Leaving Certificate, 1897
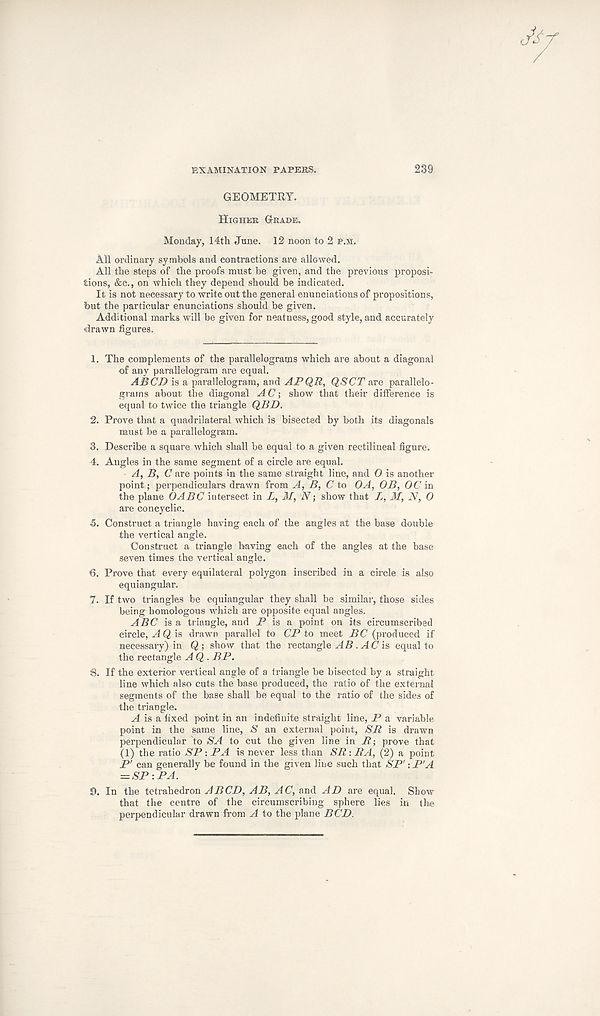
EXAMINATION PAPERS.
GEOMETRY.
Higher Grade.
Monday, 14th June. 12 noon to 2 p.m.
All ordinary symbols and contractions are allowed.
All the steps of the proofs must be given, and the previous proposi-
tions, &c., on which they depend should be indicated.
It is not necessary to write out the general enunciations of propositions,
but the particular enunciations should be given.
Additional marks will be given for neatness, good style, and accurately
drawn figures.
1. The complements of the parallelograrps which are about a diagonal
of any parallelogram are equal.
ABCD is a parallelogram, and APQR, QSCT are parallelo-
grams about the diagonal A C; show that their difference is
equal to twice the triangle QBD.
2. Prove that a quadrilateral which is bisected by both its diagonals
must be a parallelogram.
3. Describe a square which shall be equal to a given rectilineal figure.
4. Angles in the same segment of a circle are equal.
A, B, C are points in the same straight line, and O is another
point; perpendiculars drawn from A, B, C to OA, OB, OC in
the plane OABC intersect in X, M, N; show that X, M, N, 0
are concyclic.
5. Construct a triangle having each of the angles at the base double
the vertical angle.
Construct a triangle having each of the angles at the base
seven times the vertical angle.
€. Prove that every equilateral polygon inscribed in a circle is also
equiangular.
7. If two triangles be equiangular they shall be similar, those sides
being homologous which are opposite equal angles.
ABC is a triangle, and P is a point on its circumscribed
circle, ^4 Q is drawn parallel to CP to meet BC (produced if
necessary) in Q; show that the rectangle AB . AC is equal to
the rectangle A Q . BP.
8. If the exterior vertical angle of a triangle be bisected by a straight
line which also cuts the base produced, the ratio of the external
segments of the base shall be equal to the ratio of the sides of
the triangle.
A is a fixed point in an indefinite straight line, P a variable
point in the same line, S an external point, BP is drawn
perpendicular to BA to cut the given line in P; prove that
(1) the ratio BP: PA is never less than BP: PA, (2) a point
P' can generally be found in the given line such that BP': P'A
= SP:PA.
9. In the tetrahedron ABCD, AB, AC, and AD are equal. Show
that the centre of the circumscribing sphere lies in the
perpendicular drawn from A to the plane BCD.